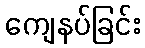
ကျေနပ်ခြင်း